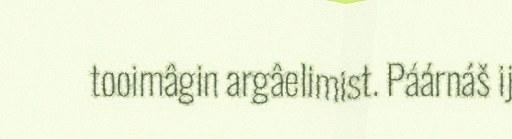
tooimâgin argâelimist. Páárnáš ij